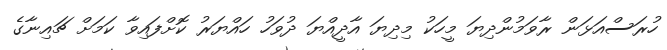
ހުރަސްއަޅަން ރާވަމުންދިޔަ މީހަކު މިދިޔަ އާދީއްޔަ ދުވަހު ހައްޔަރު ކޮށްފައިވާ ކަމަށް ޗައިނާގެ